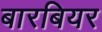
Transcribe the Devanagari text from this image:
बारबियर